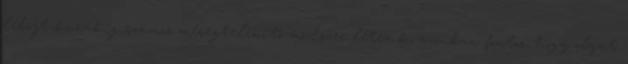
léböjt-kúrákig számos méregtelenítő módszer létezik, azonban fontos, hogy olyat